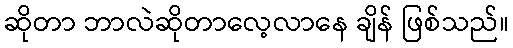
ဆိုတာ ဘာလဲဆိုတာလေ့လာနေ ချိန် ဖြစ်သည်။